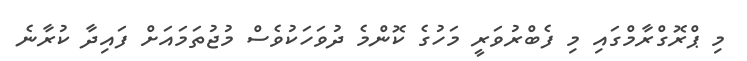
މި ޕްރޮގްރާމްގައި މި ފެބްރުވަރީ މަހުގެ ކޮންމެ ދުވަހަކުވެސް މުޖުތަމައަށް ފައިދާ ކުރާނެ